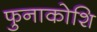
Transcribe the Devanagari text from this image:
फुनाकोशि